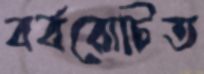
বর্বরোচিত